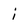
Character: i